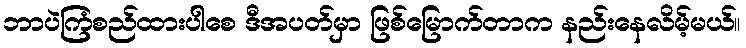
ဘာပဲကြံစည်ထားပါစေ ဒီအပတ်မှာ ဖြစ်မြောက်တာက နည်းနေလိမ့်မယ်။